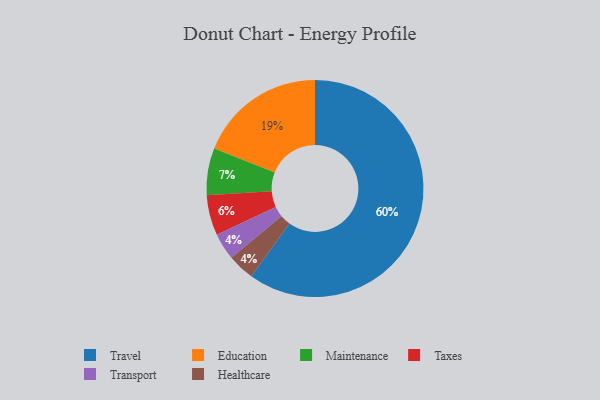
{"axis": {"x": "Category", "y": "Percentage"}, "legend": ["Education", "Healthcare", "Maintenance", "Taxes", "Transport", "Travel"], "data": [{"x": "Travel", "y": 60, "type": "Travel"}, {"x": "Maintenance", "y": 7, "type": "Maintenance"}, {"x": "Taxes", "y": 6, "type": "Taxes"}, {"x": "Education", "y": 19, "type": "Education"}, {"x": "Transport", "y": 4, "type": "Transport"}, {"x": "Healthcare", "y": 4, "type": "Healthcare"}]}